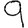
Digit: 9